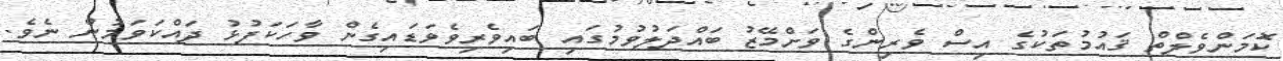
ކޮމަންވެލްތް ޤައުމުތަކުގެ އިސް ވެރިންގެ ވަށްމޭޒު ބައްދަލުވުމުގައި ބައިވެރިވެވަޑައިގެން ވާހަކަފުޅު ދައްކަވަމުން ނެވެ.